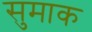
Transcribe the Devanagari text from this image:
सुमाक